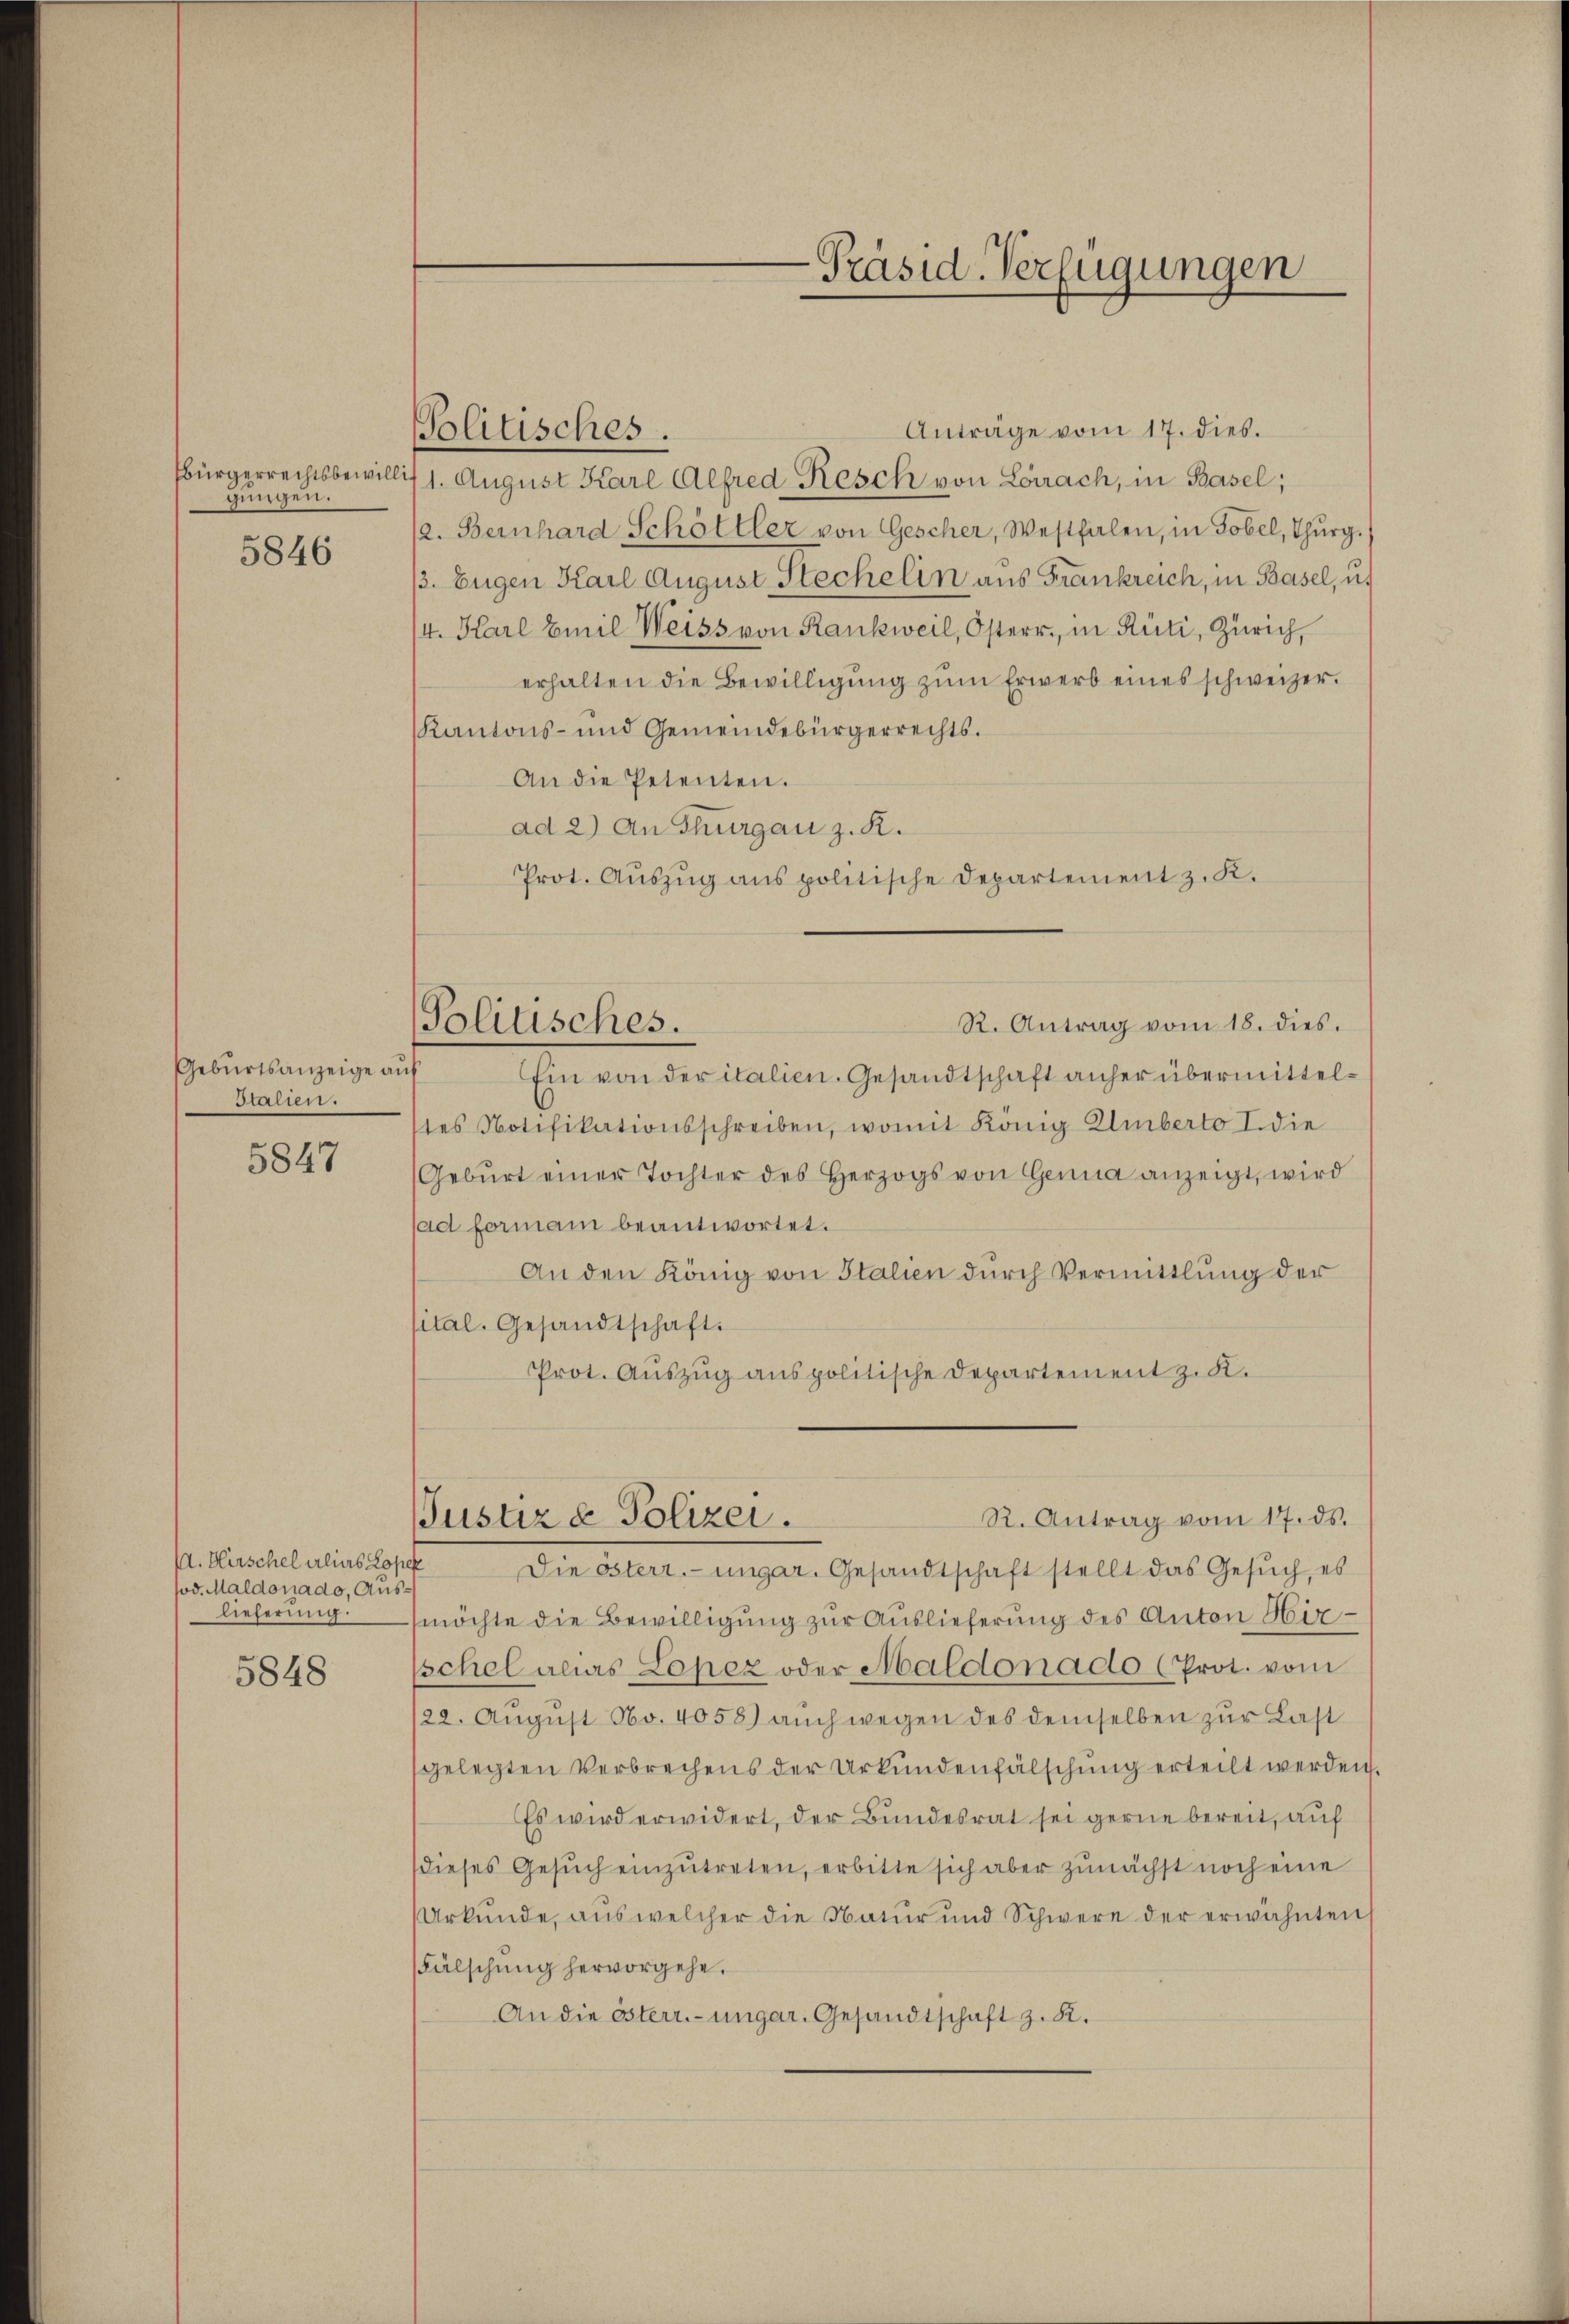
gungen.
5846

Geburtsanzeige auf
salien.

5847

A. Hirschel alias Lope
sod. Maldorado, Auslieferung.

5848

Politisches.

Politisches.

-Präsid. Verfügungen

Anträge vom 17. dies.
bürgerrechtsbewillis 1. August Karl Alfred Resch von Lörrach, in Basel;
/2. Bernhard Schöttler von Gescher, Westfalen, in Tobel, Thurg.
/. Eugen Karl August Stechelin aus Frankreich, in Basel, u.
/4. Karl Emil Weiss von Rankweil, Osterr. in Rüti, Zürich,
erhalten die Bewilligŭng zŭm Erwerb eines schweizer.
Kantons- und Gemeindebürgerrechts.
An die Petenten.
ad 2) An Thurgau z. R.
Prot. Aŭszŭg ans politische Departement z. K.
R. Antrag vom 18. dies.
Ein von der italien. Gesandtschaft anher übermittelstes Notifikationsschreiben, womit König Umberto I. die
Gebŭrt einer Tochter des Herzogs von Genua anzeigt, wird
ad formani beantwortet.
An den König von Italien durch Vermittlung der
sital. Gesandtschaft.
Prot. Auszug aus politische Departement z. K.
R. Antrag vom 17. ds.
Justiz & Polizei.
Die österr.-ungar. Gesandtschaft stellt das Gesuch, es
möchte die Bewilligung zur Auslieferung des Anton Hirschel alias Lopez oder Maldonado (Prot. vom
122. August No. 4058) auch wegen des demselben zur Last
gelegten Verbrechens der Urkundenfälschung erteilt werden.
Es wird erwidert, der Bundesrat sei gerne bereit, auf
(dieses Gesŭch einzŭtreten, erbitte sich aber zunächst noch eine
Urkunde, aus welcher die Natur und Schwere der erwähnten
Fälschung hervorgehe.
An die österr.-ungar. Gesandtschaft z. B.